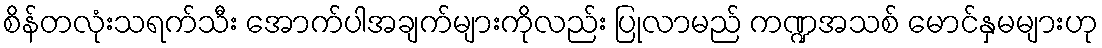
စိန်တလုံးသရက်သီး အောက်ပါအချက်များကိုလည်း ပြုလာမည် ကဏ္ဍအသစ် မောင်နှမများဟု